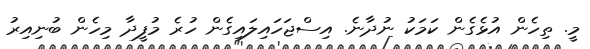
މީ. ތިހެން އުޅެގެން ކަމަކު ނުދާނެ. އިސްޖަހައިލައިގެން ހުރެ މުފީދާ މިހެން ބުނިއިރު